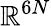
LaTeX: \mathbb{R}^{6N}